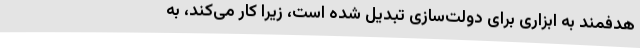
هدفمند به ابزاری برای دولت‌سازی تبدیل شده است، زیرا کار می‌کند، به